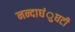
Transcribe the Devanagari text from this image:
नन्दाघंुघटी